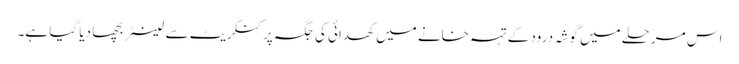
اس مرحلے میں گوشہ درود کے تہہ خانے میں کھدائی کی جگہ پر کنکریٹ سے لینٹر بچھا دیا گیا ہے۔